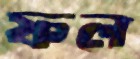
ফল